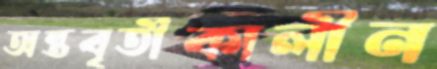
অন্তবৃর্তীকালীন